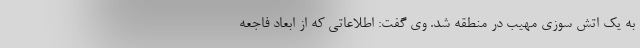
به یک اتش سوزی مهیب در منطقه شد. وی گفت: اطلاعاتی که از ابعاد فاجعه